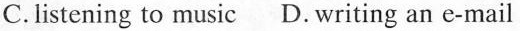
C.listening to music D.writing an e-mail